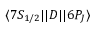
\ensuremath { \langle 7 S _ { 1 / 2 } | | } D \ensuremath { | | 6 P _ { J } \rangle }